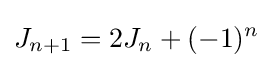
J_{n+1}=2J_{n}+(-1)^{n}